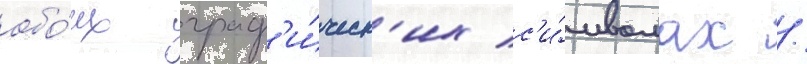
обо́их граф'и́ческ'их с'и́мволах /